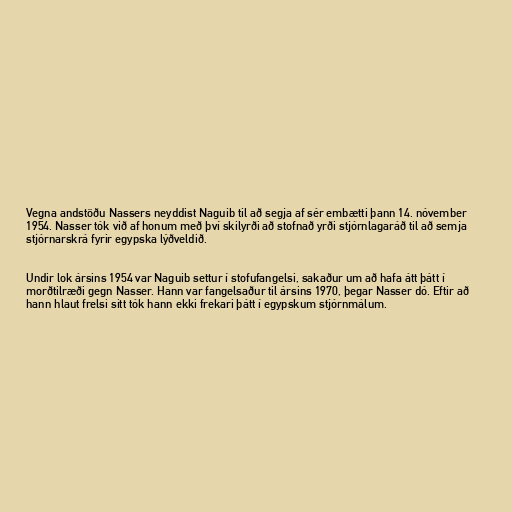
Vegna andstöðu Nassers neyddist Naguib til að segja af sér embætti þann 14. nóvember
1954. Nasser tók við af honum með því skilyrði að stofnað yrði stjórnlagaráð til að semja
stjórnarskrá fyrir egypska lýðveldið.

Undir lok ársins 1954 var Naguib settur í stofufangelsi, sakaður um að hafa átt þátt í
morðtilræði gegn Nasser. Hann var fangelsaður til ársins 1970, þegar Nasser dó. Eftir að
hann hlaut frelsi sitt tók hann ekki frekari þátt í egypskum stjórnmálum.